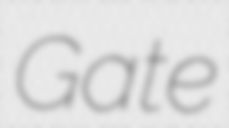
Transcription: Gate